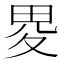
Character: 畟